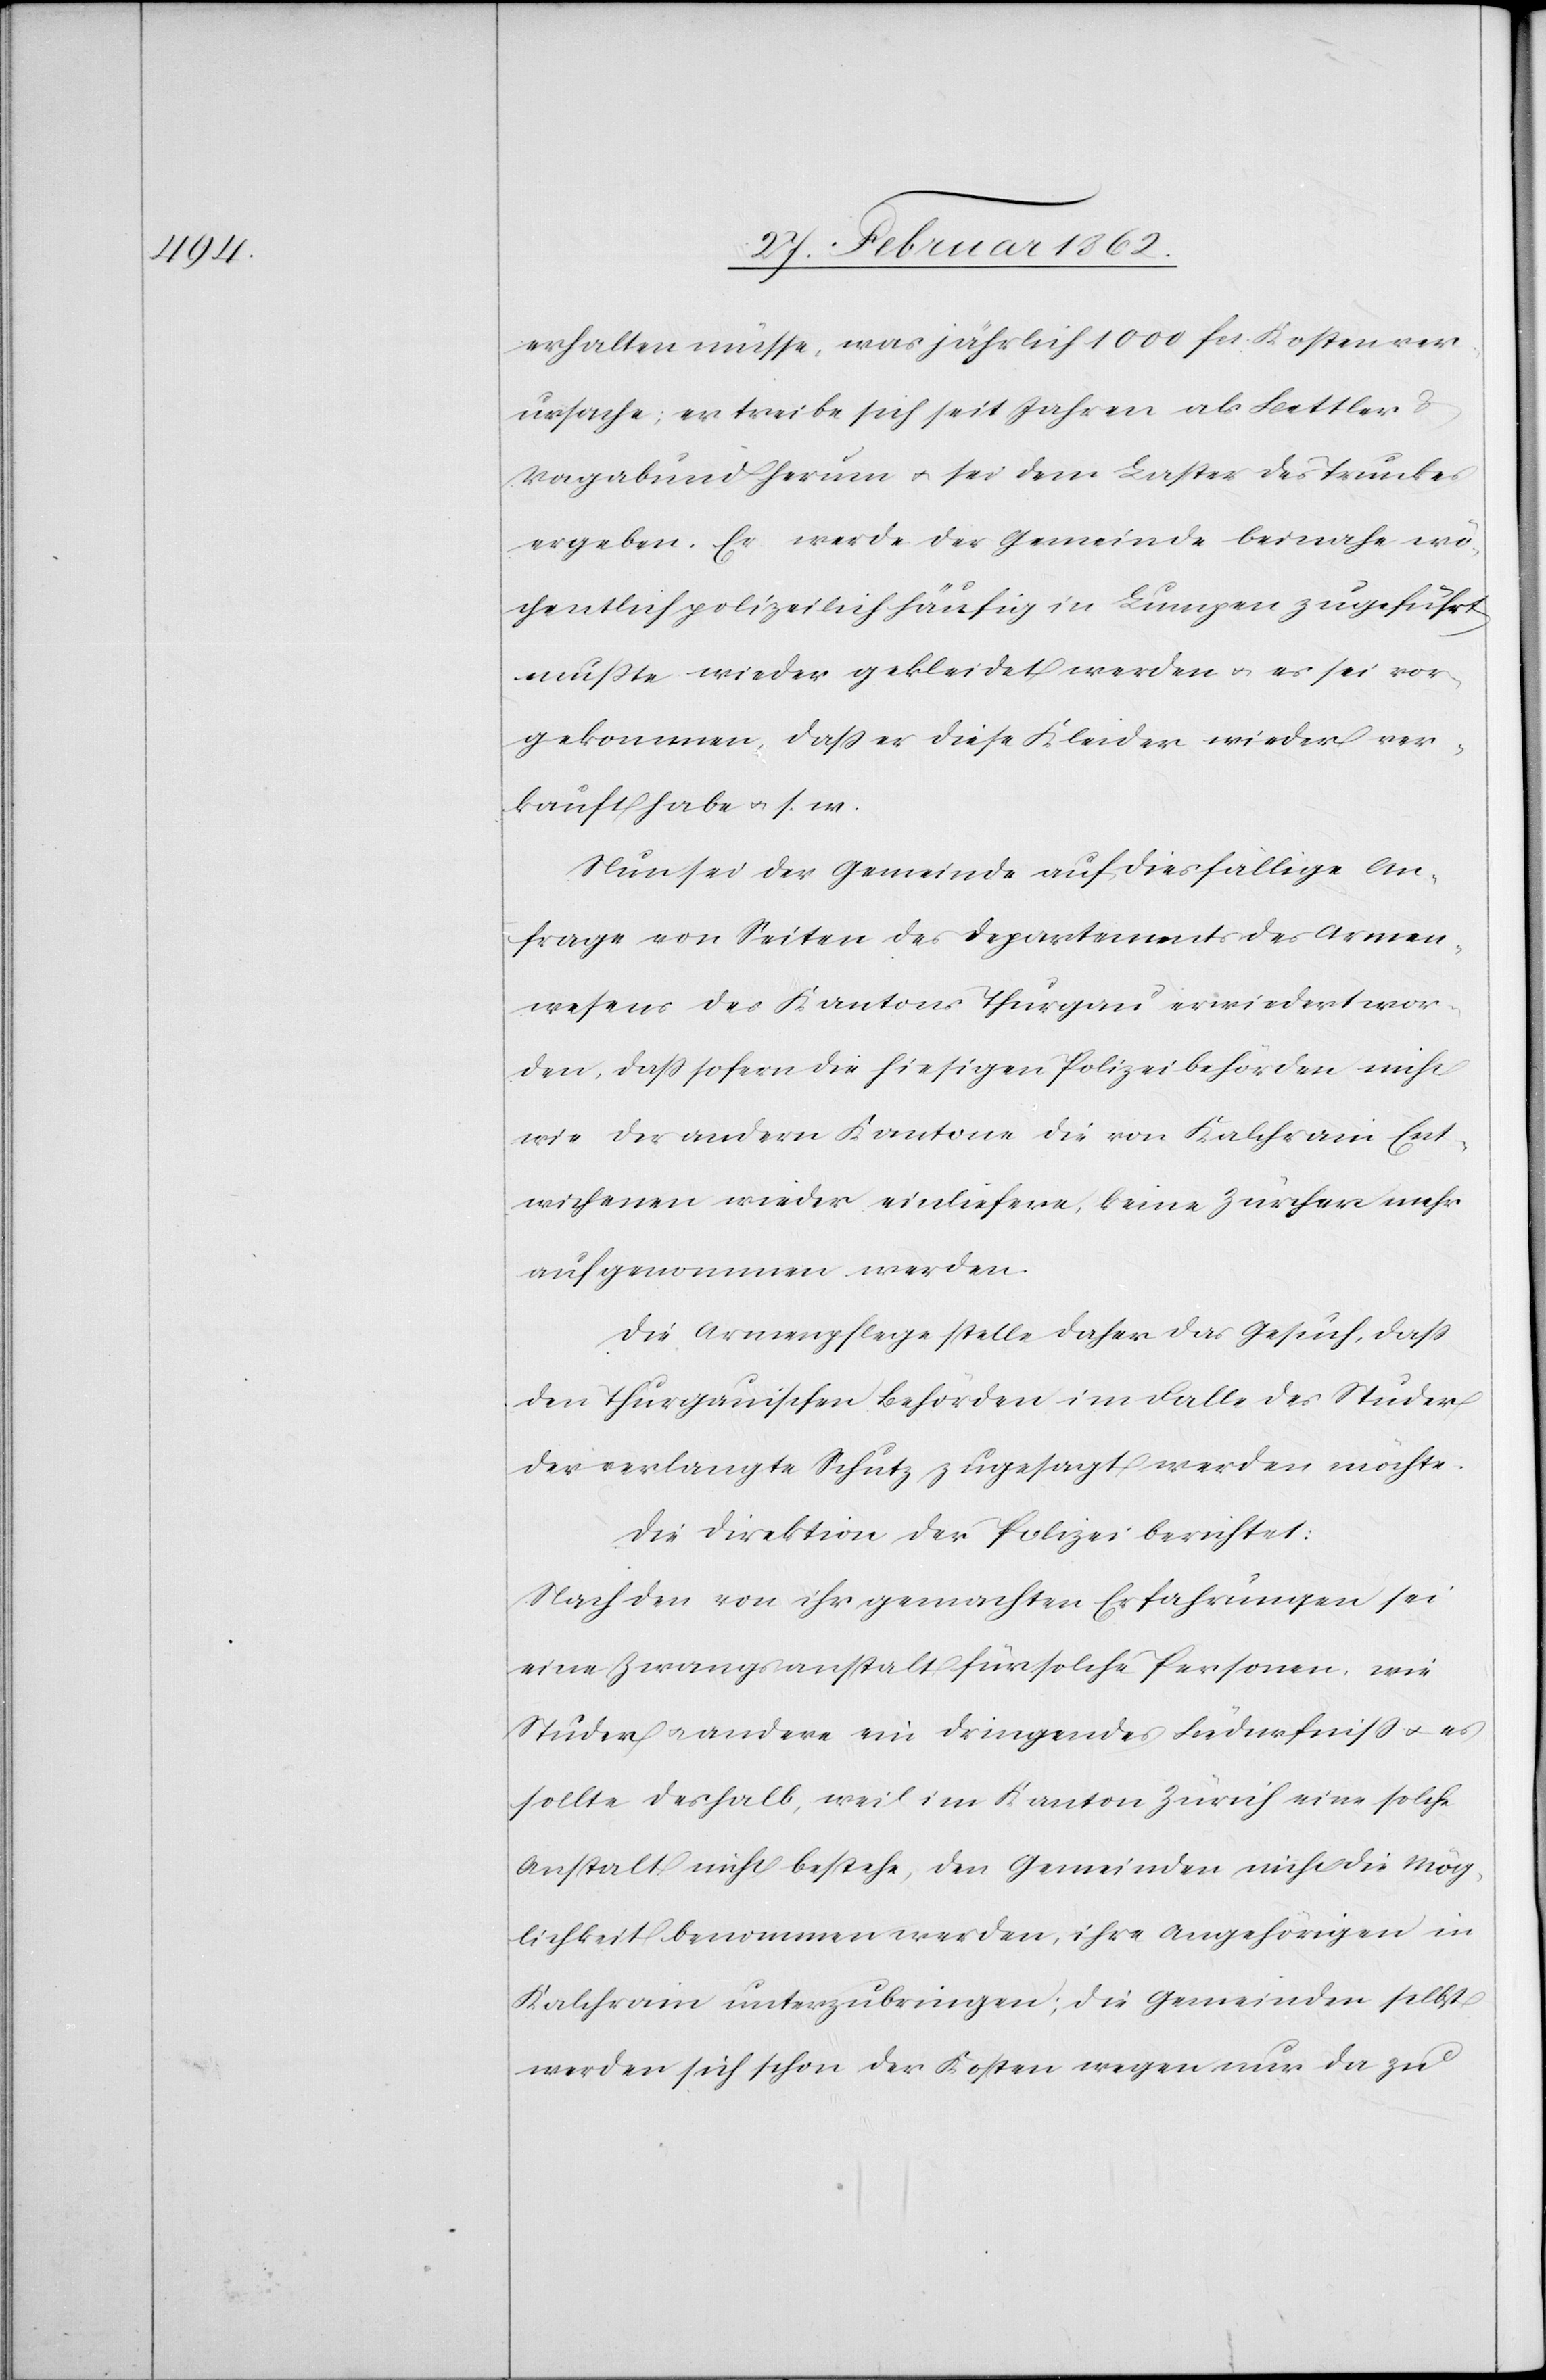
erhalten müsse, was jährlich 1000 fcs. Kosten ver¬
ursache; er treibe sich seit Jahren als Bettler
Vagabund herum u. sei dem Laster des Trunkes
ergeben. Er werde der Gemeinde beinahe wö¬
chentlich polizeilich häufig in Lumpen zugeführt,
mußte wieder gekleidet werden u. es sei vor¬
gekommen, daß er diese Kleider wieder ver¬
kauft habe u. s. w.
Nun sei der Gemeinde auf die diesfällige An¬
frage von Seiten des Departements des Armen¬
wesens des Kantons Thurgau erwiedert wor¬
den, daß sofern die hiesigen Polizeibehörden nicht
Entwichenen wieder einliefere, keine Zürcher mehr
aufgenommen werden.
Die Armenpflege stelle daher das Gesuch, daß
den Thurgauischen Behörden im Falle des Studer
der verlangte Schutz zugesagt werden möchte.
Die Direktion der Polizei berichtet:
Nach den von ihr gemachten Erfahrungen sei
eine Zwangsanstalt für solche Personen, wie
Studer u. andere ein dringendes Befürfniß u. es
sollte deshalb, weil im Kanton Zürich eine solche
Anstalt nicht bestehe, den Gemeinden nicht die Mög¬
lichkeit benommen werden, ihre Angehörigen in
Kalchrain unterzubringen; die Gemeinden selbst
werden sich schon der Kosten wegen nur da zu